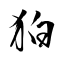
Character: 狛